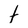
Character: t